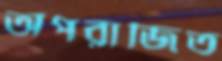
অপরাজিত